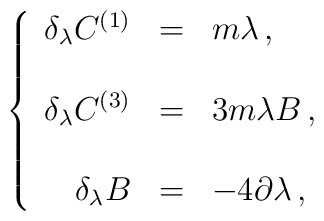
\left\{\begin{array}{rcl}\delta_{\lambda} C^{(1)} & = & m \lambda\, ,\\& & \\\delta_{\lambda} C^{(3)} & = & 3m \lambda B\, ,\\& & \\\delta_{\lambda} B & = & -4\partial\lambda\, ,\\\end{array}\right.